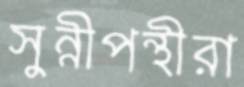
সুন্নীপন্থীরা